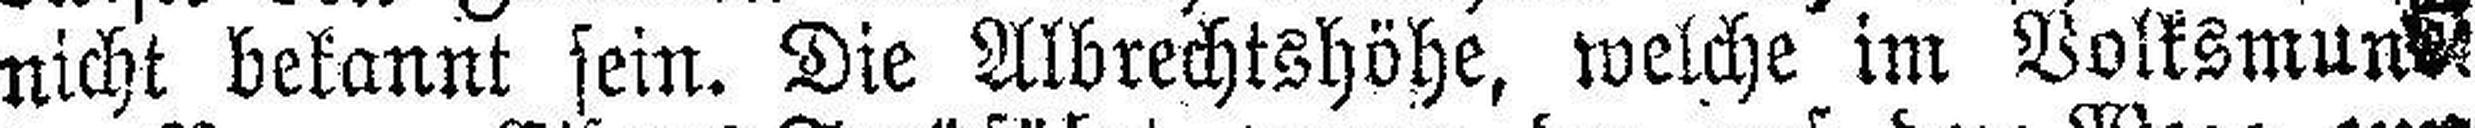
nicht bekannt sein. Die Albrechtshöhe, welche im Volksmun###